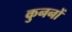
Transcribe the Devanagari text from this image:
कुननों